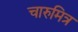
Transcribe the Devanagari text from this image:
चारुमित्र